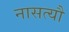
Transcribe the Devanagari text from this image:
नासत्यौ